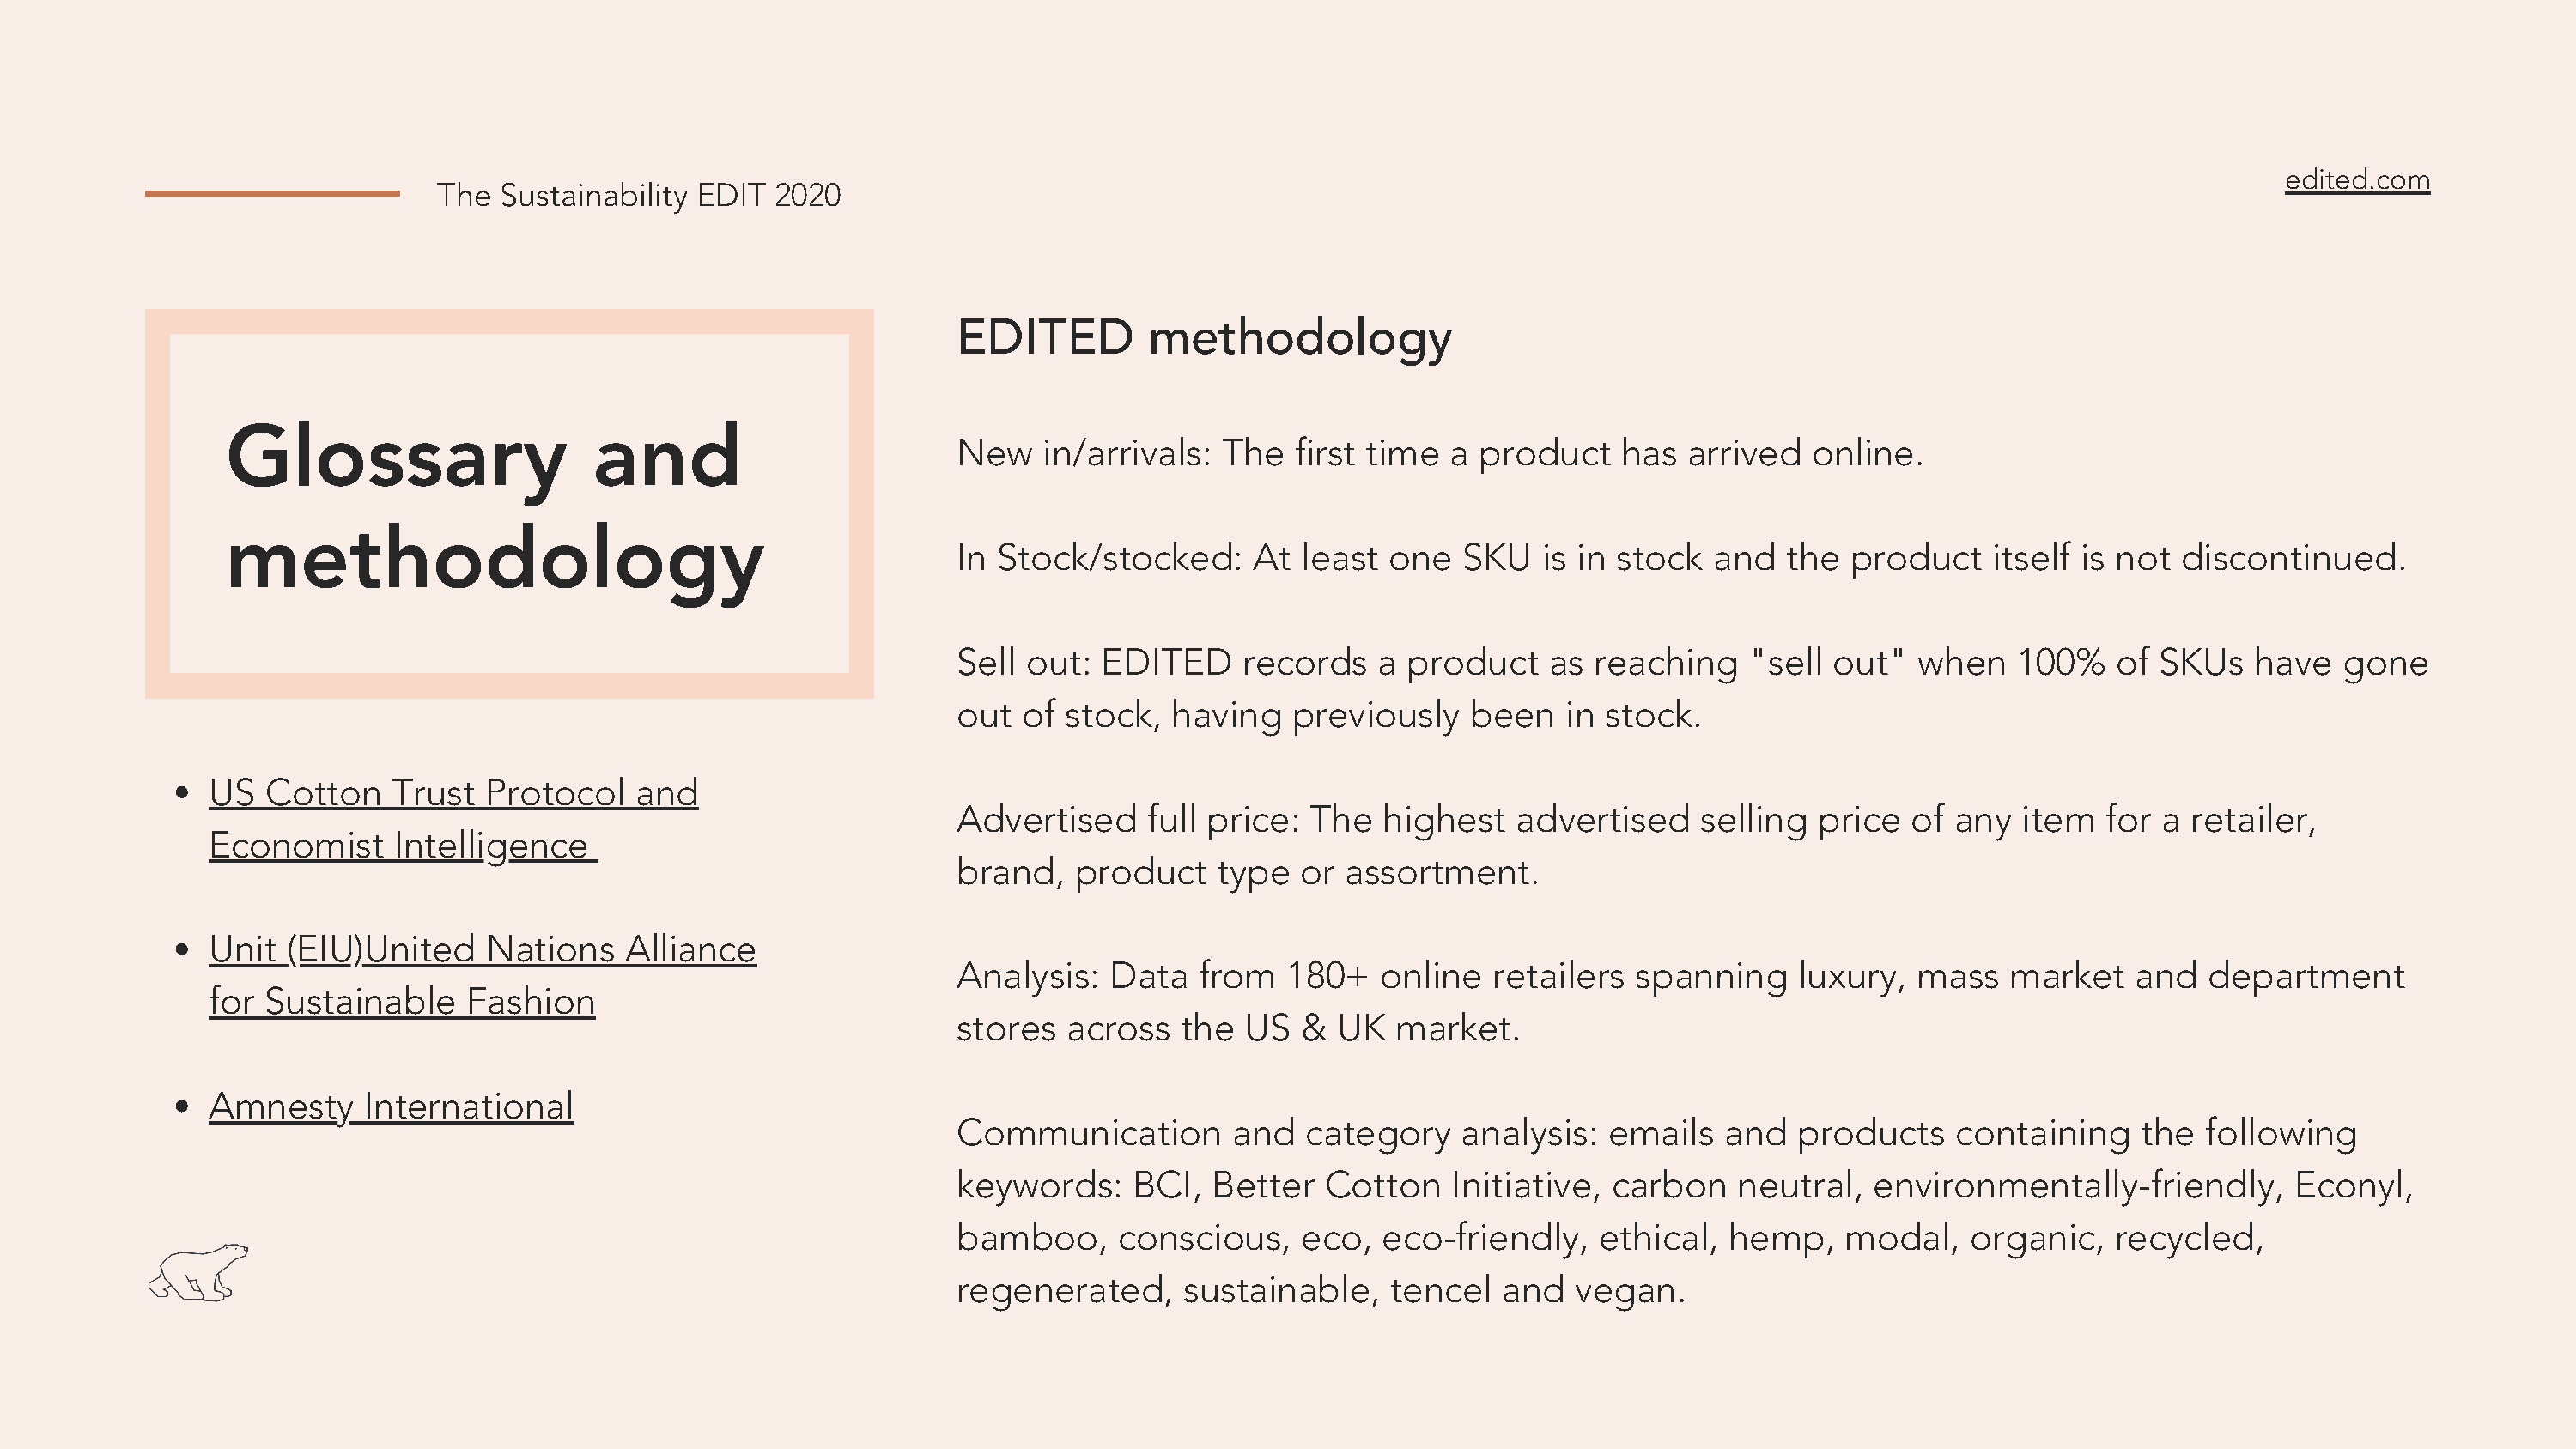
edited.com
 The  Sustainability EDIT  2020
 EDITED         methodology
 Glossary                     and
 New   in/arrivals:  The   first time  a product    has  arrived   online.
 methodology
 In Stock/stocked:      At least  one   SKU   is in stock  and   the  product    itself is not discontinued.
 Sell out:  EDITED     records   a product    as  reaching    "sell out"   when   100%    of SKUs    have   gone
 out  of stock,  having    previously   been    in stock.
 US  Cotton    Trust  Protocol    and
 Advertised    full price:  The   highest   advertised    selling  price  of  any  item  for  a retailer,
 Economist     Intelligence
 brand,   product    type  or  assortment.
 Unit  (EIU)United    Nations    Alliance
 Analysis:   Data  from   180+   online   retailers  spanning     luxury,  mass   market    and  department
 for Sustainable     Fashion
 stores  across   the  US  &  UK   market.
 Amnesty     International
 Communication        and   category    analysis:  emails   and   products    containing    the  following
 keywords:    BCI,  Better   Cotton    Initiative, carbon    neutral,  environmentally-friendly,        Econyl,
 bamboo,     conscious,    eco,   eco-friendly,   ethical,  hemp,    modal,    organic,   recycled,
 regenerated,     sustainable,    tencel   and  vegan.